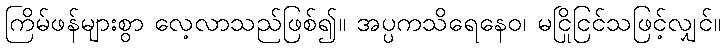
ကြိမ်ဖန်များစွာ လေ့လာသည်ဖြစ်၍။ အပ္ပကသိရေနေဝ၊ မငြိုငြင်သဖြင့်လျှင်။